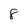
Character: 8